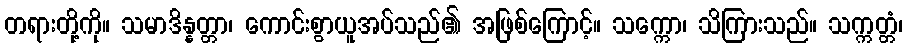
တရားတို့ကို။ သမာဒိန္နတ္တာ၊ ကောင်းစွာယူအပ်သည်၏ အဖြစ်ကြောင့်။ သက္ကော၊ သိကြားသည်။ သက္ကတ္တံ၊